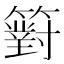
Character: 𥵢